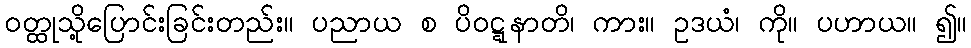
ဝတ္ထုသို့ပြောင်းခြင်းတည်း။ ပညာယ စ ပိဝဋ္ဋနာတိ၊ ကား။ ဥဒယံ၊ ကို။ ပဟာယ။ ၍။